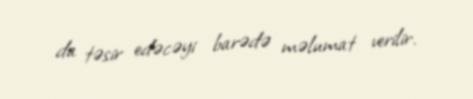
da təsir edəcəyi barədə məlumat verilir.